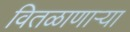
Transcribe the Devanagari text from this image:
वितळाणाऱ्या